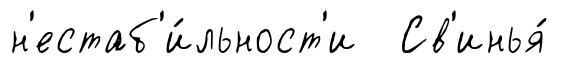
н'естаб'и́льност'и Св'инья́